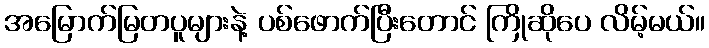
အမြောက်မြတပူများနဲ့ ပစ်ဖောက်ပြီးတောင် ကြိုဆိုပေ လိမ့်မယ်။